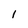
Character: I